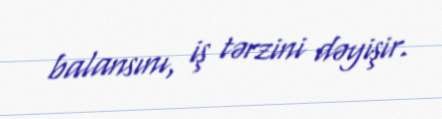
balansını, iş tərzini dəyişir.